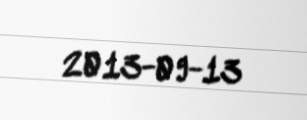
2013-09-13